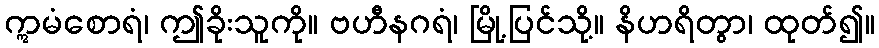
ဣမံစောရံ၊ ဤခိုးသူကို။ ဗဟီနဂရံ၊ မြို့ပြင်သို့။ နိဟရိတွာ၊ ထုတ်၍။